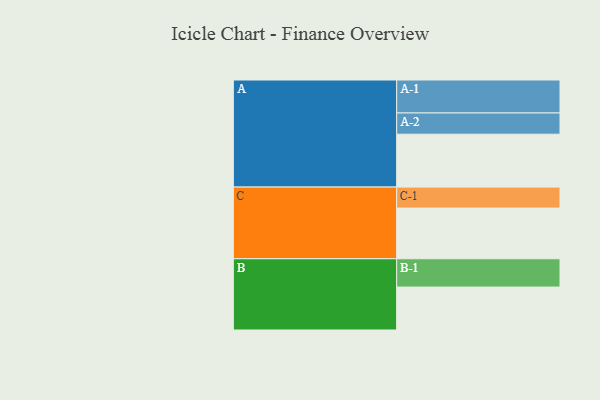
{"axis": {"x": "Segment", "y": "Value"}, "legend": ["", "A", "B", "C"], "data": [{"x": "A", "y": 478, "type": ""}, {"x": "B", "y": 388, "type": ""}, {"x": "C", "y": 458, "type": ""}, {"x": "A-1", "y": 298, "type": "A"}, {"x": "A-2", "y": 192, "type": "A"}, {"x": "B-1", "y": 256, "type": "B"}, {"x": "C-1", "y": 190, "type": "C"}]}